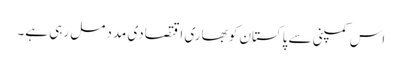
اس کمپنی سے پاکستان کو بھاری اقتصادی مدد مل رہی ہے۔